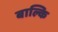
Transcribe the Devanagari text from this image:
बाल्कि